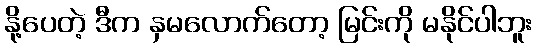
နို့ပေတဲ့ ဒီက နှမလောက်တော့ မြင်းကို မနိုင်ပါဘူး